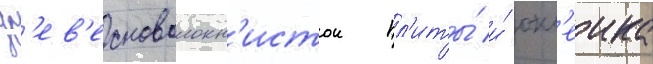
др'ев'есноволокн'истои пл'иты́ и́ окл'еика